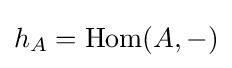
h_{A}=\mathrm {Hom} (A,-)